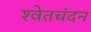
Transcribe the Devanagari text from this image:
श्‍वेतचंदन